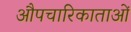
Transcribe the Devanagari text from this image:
औपचारिकाताओं